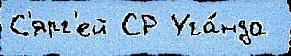
С'ярг'ей СР Уга́нда